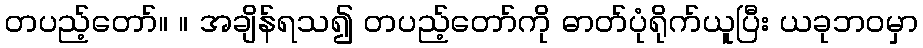
တပည့်တော်။ ။ အချိန်ရသ၍ တပည့်တော်ကို ဓာတ်ပုံရိုက်ယူပြီး ယခုဘဝမှာ